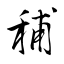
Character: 秿